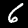
Label: 6